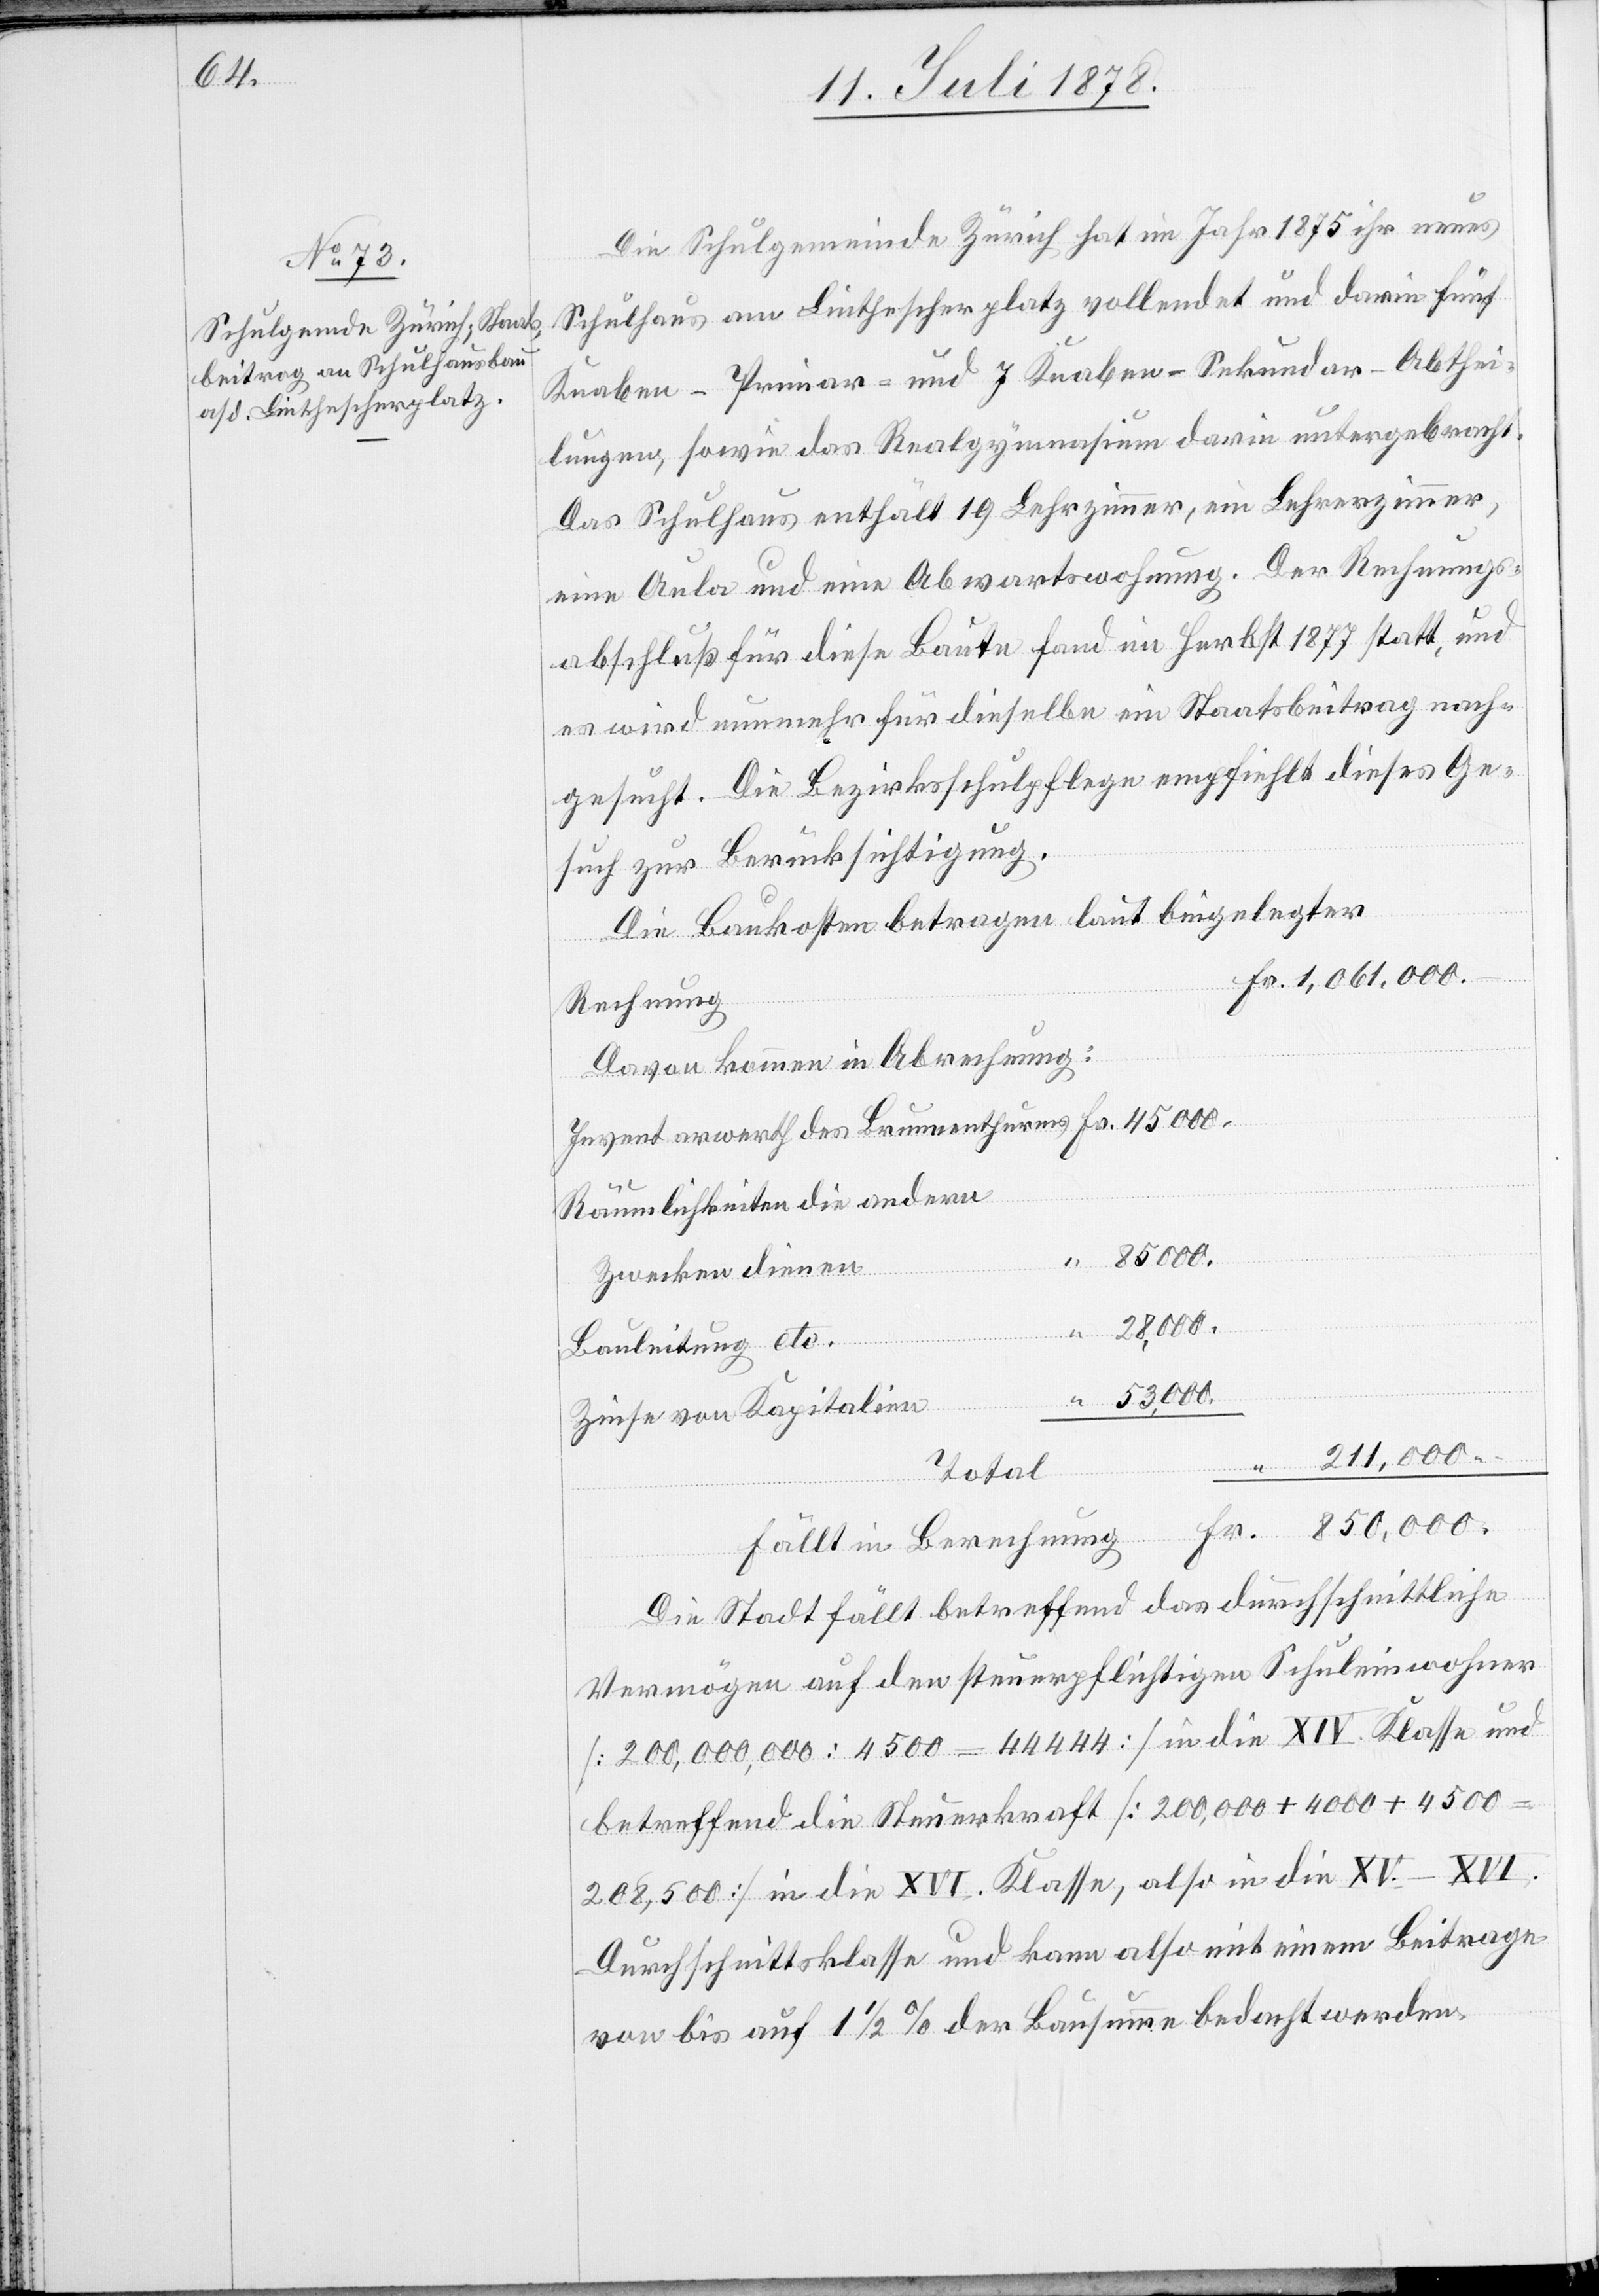
Die Schulgemeinde Zürich hat im Jahr 1875 ihr neues
Schulhaus am Linthescherplatz vollendet und darin fünf
Knaben-Primar- und 7 Knaben-Sekundar-Abthei¬
lungen, sowie das Realgymnasium darin untergebracht.
Das Schulhaus enthält 19 Lehrzimmer, ein Lehrerzimmer,
eine Aula und eine Abwartswohnung. Der Rechnungs¬
abschluß für diese Baute fand im Herbst 1877 statt, und
es wird nunmehr für dieselbe ein Staatsbeitrag nach¬
gesucht. Die Bezirksschulpflege empfiehlt dieses Ge¬
such zur Berücksichtigung.
Die Baukosten betragen laut beigelegter
Fr.
Rechnung
Davon kommen in Abrechnung:
Räumlichkeiten die andern
850,000.
Zwecken dienen
“
28,000.
des
Bauleitung etc.
Zinse von Kapitalien
211,000.
–
Total
Fällt in Berechnung
Die Stadt fällt betreffend das durchschnittliche
Vermögen auf den steuerpflichtigen Schuleinwohner
[200,000,000 : 4500 = 44 444] in die XIV. Klasse und
betreffend die Steuerkraft [200,000 + 4000 + 4500
208,500] in die XVI. Klasse, also in die XV.–XVI.
Durchschnittsklasse und kann also mit einem Beitrage
von bis auf 11/2 % der Bausumme bedacht werden.